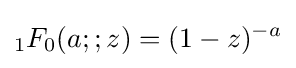
{}_{1}F_{0}(a;;z)=(1-z)^{-a}